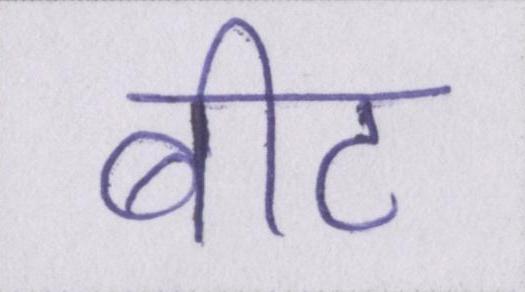
बीट